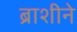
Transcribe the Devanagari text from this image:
ब्राशीने